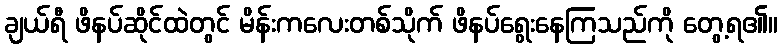
ချယ်ရီ ဖိနပ်ဆိုင်ထဲတွင် မိန်းကလေးတစ်သိုက် ဖိနပ်ရွေးနေကြသည်ကို တွေ့ရ၏။